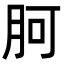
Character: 胢